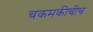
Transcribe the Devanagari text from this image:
चकमकीचीच